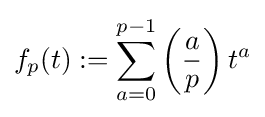
f_{p}(t):=\sum _{a=0}^{p-1}\left({\frac {a}{p}}\right)t^{a}